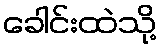
ခေါင်းထဲသို့